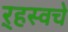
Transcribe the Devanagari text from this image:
ऱ्हस्वचे